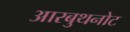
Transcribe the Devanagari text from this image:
आरबुथनोट